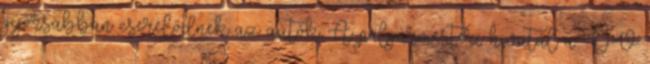
gyorsabban cserélődnek az autók. A polgármesteri hivatal a DV